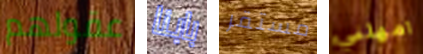
عقولهم بابنا مستقر امهلني